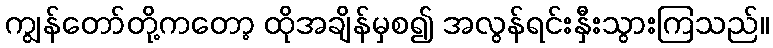
ကျွန်တော်တို့ကတော့ ထိုအချိန်မှစ၍ အလွန်ရင်းနှီးသွားကြသည်။